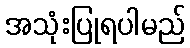
အသုံးပြုရပါမည်